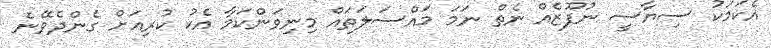
އެކަމަކު ސިޔާސީ ނުފޫޒެެއް ނެތް ނަމަ މައްސަލަތައް މިނިވަންކަމާ އެކު ކުރިއަށް ގެންދެވޭނެ